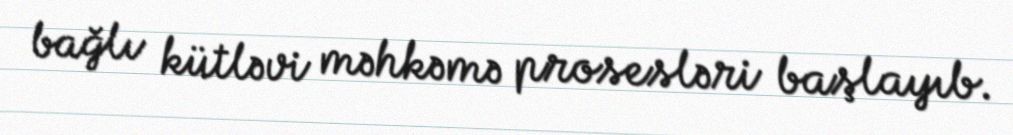
bağlı kütləvi məhkəmə prosesləri başlayıb.